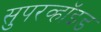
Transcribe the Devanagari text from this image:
सुपरव्हॉइड